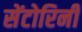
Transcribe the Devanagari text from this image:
सेंटोरिनी